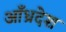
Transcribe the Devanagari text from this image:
आँध्रदेश